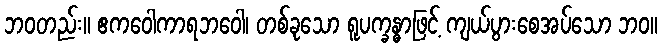
ဘဝတည်း။ ဧကဝေါကာရဘဝေါ၊ တစ်ခုသော ရူပက္ခန္ဓာဖြင့် ကျယ်ပွားစေအပ်သော ဘဝ။